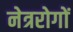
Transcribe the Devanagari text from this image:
नेत्ररोगों